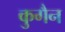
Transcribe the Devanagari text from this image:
कुगैन